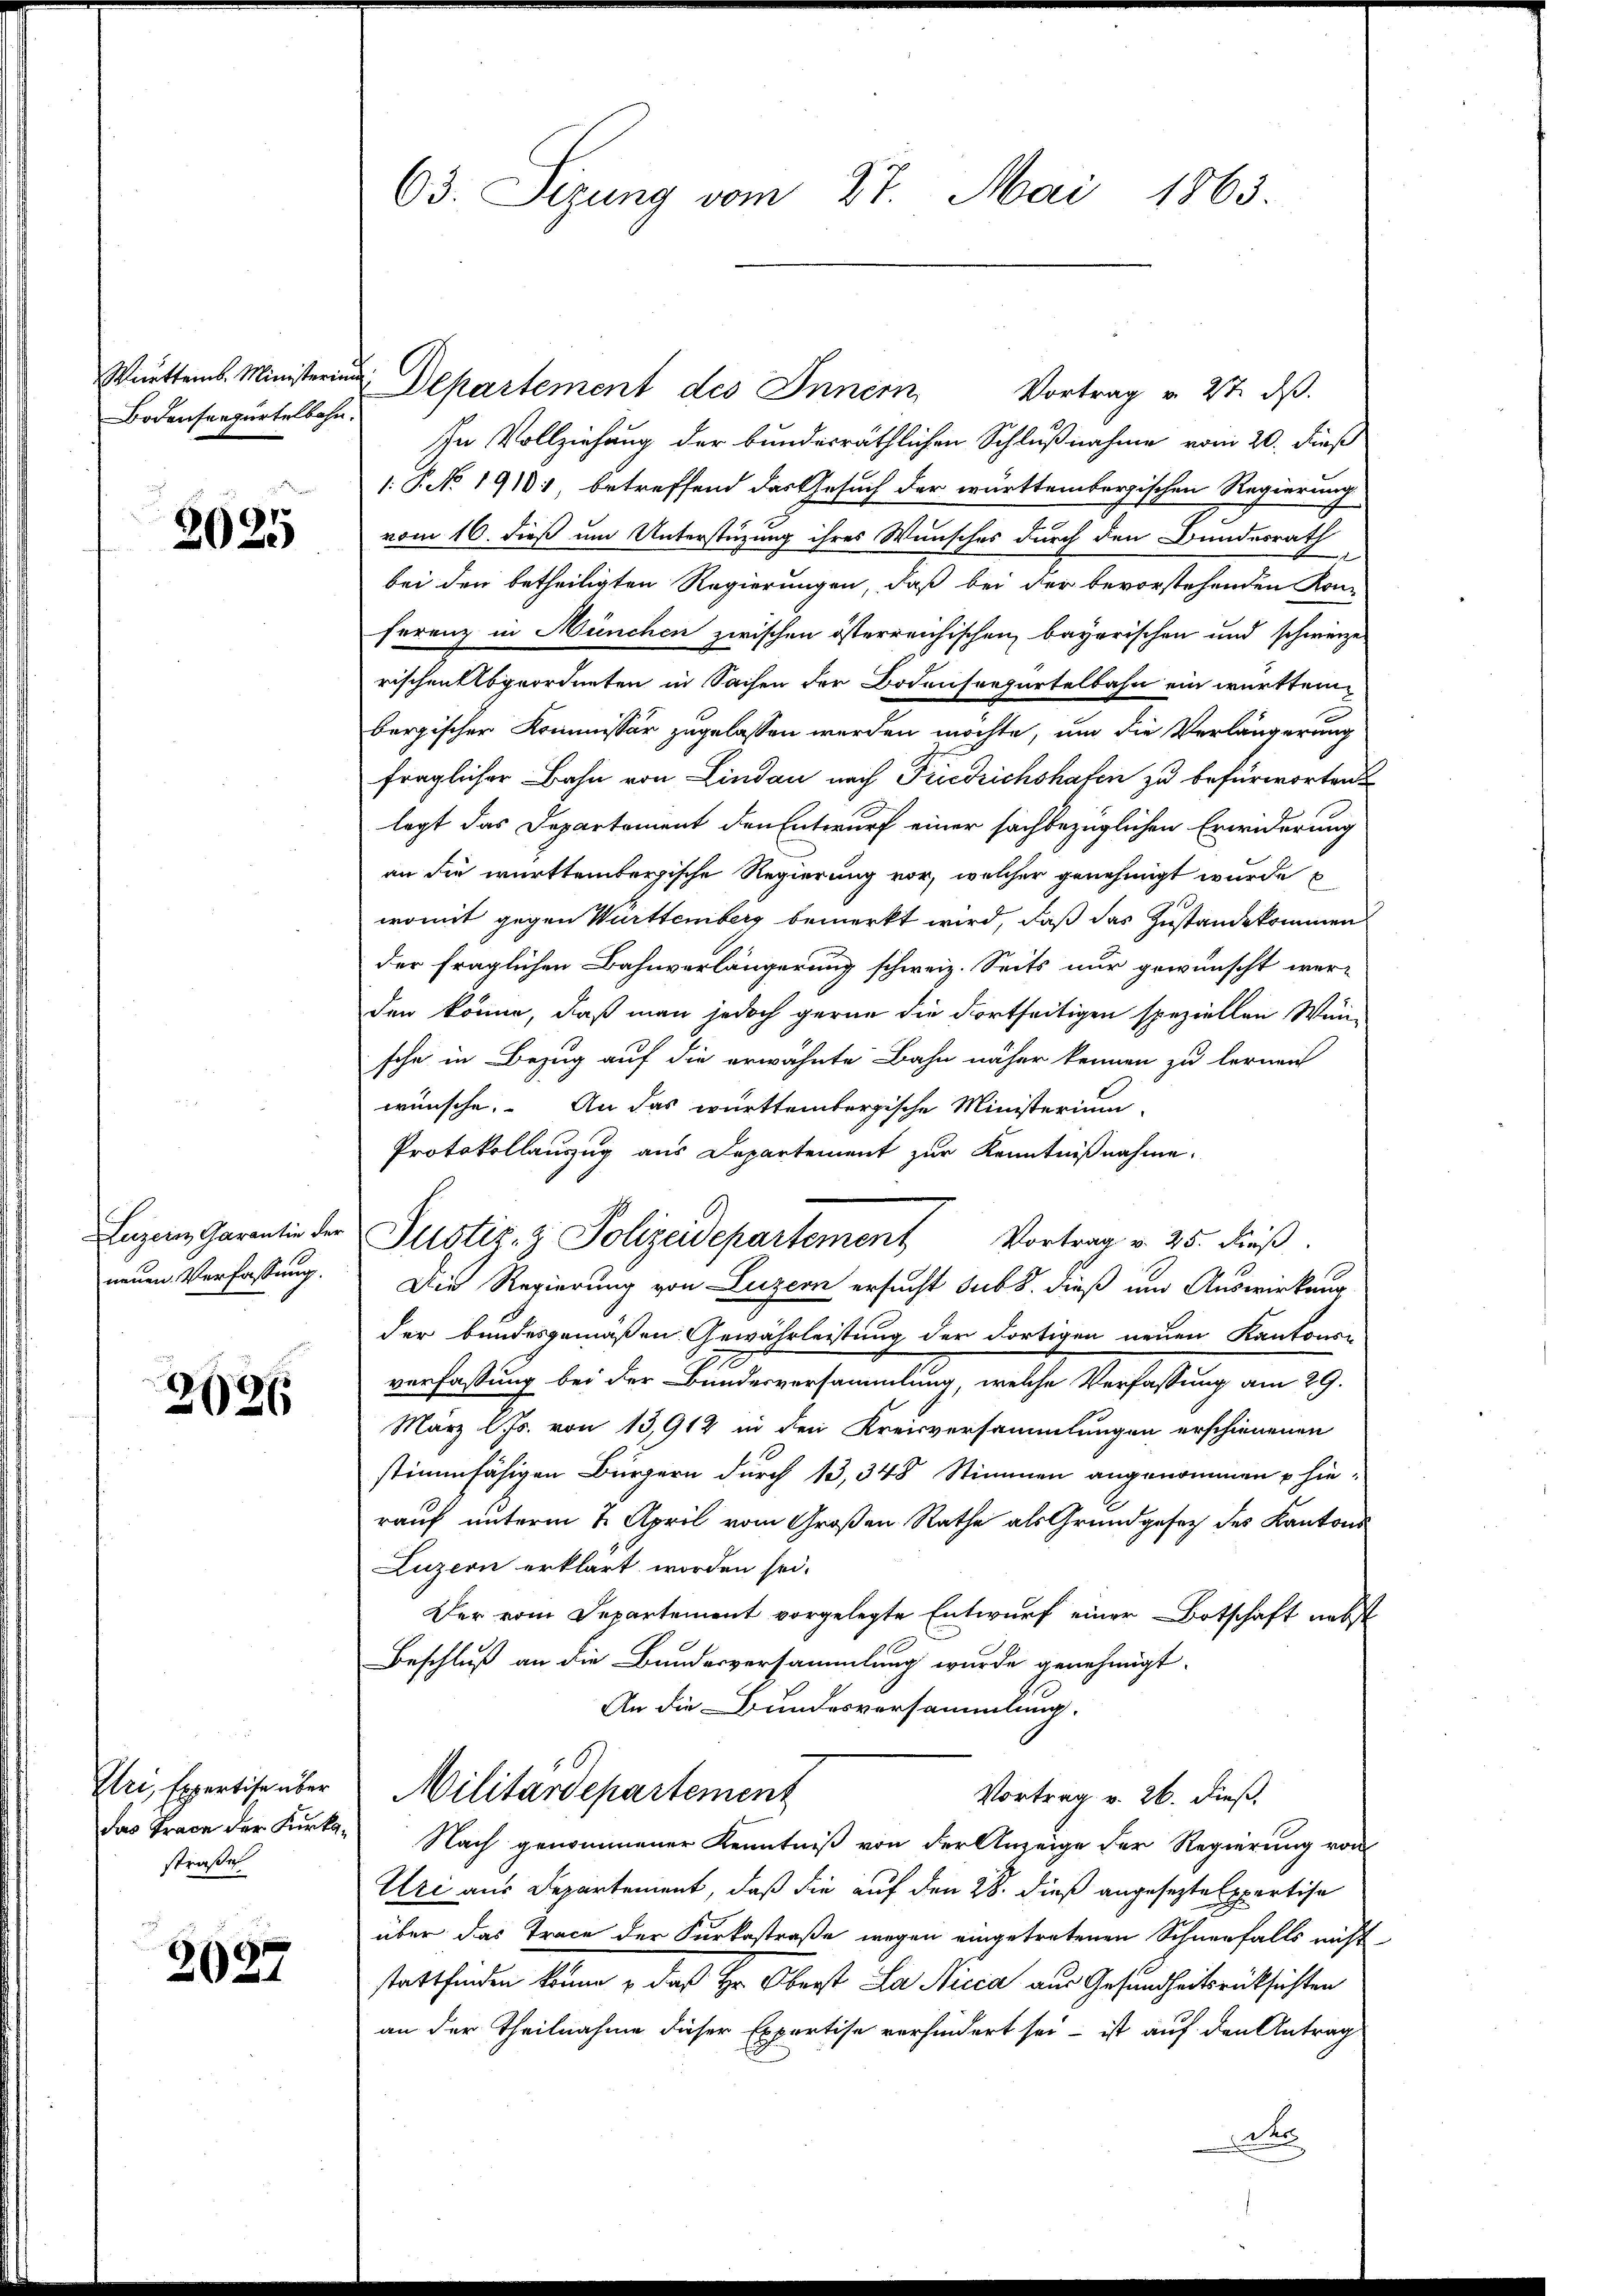
Württemb. Ministerium
Bodenseegürtelbahn.

2025

neuen Verfassung.

2626

Uri, Expertise über
das Frace der Kurkastraße

2027

63. Sizung vom 27. Mai 1863.

Lazen, Garantin der Justiz- & Polizeidepartement Vortrag v. 25. dieß.

Departement des Inner Vortrag v. 27. dβ.
In Vollziehung der bundesräthlichen Schlußnahme vom 20. dieß
1. P. No 1910 betreffend das Gesuch der württembergischen Regierung
vom 16. dieß um Unterstüzung ihres Wunsches durch den Bundesrath
bei den betheiligten Regierungen, daß bei der bevorstehenden Kon-
ferenz in München zwischen österreichischen bayerischen und schweize
rischen Abgeordneten in Sachen der Bodensrepartelbahn ein württembergischer Kommissär zugelassen werden möchte, um die Verlängerung
fraglicher Bahn von Lindau nach Friedrichshafen zu befürworten
legt das Departement den Entwurf einer sachbezüglichen Erwiderung
an die württembergische Regierung vor, welcher genehmigt wurde b
womit gegen Württemberg bemerkt wird, daß das Zustande kommen
der fraglichen Bahnverlängerung schweiz. Seits nur gewünscht werden könne, daß man jedoch gerne die dortseitigen speziellen Wun-
sche in Bezug auf die erwähnte Bahn näher kennen zu lernen
wünsche. An das württembergische Ministerium
Protokollauszug aus Departement zur Kenntnißnahme.
Die Regierung von Luzern ersucht sub 8. dieß und Auswirkung
der bundesgemäßen Gewährleistung der dortigen neuen Kantons-
verfaßung bei der Bundesversammlung, welche Verfassung am 29.
März l. Js. von 13,912 in den Kreisversammlungen erschienenen
stimmfähigen Bürgern durch 13, 348 Stimmen angenommen phie-
rauf unterm 2. April vom Großen Rathe als Grundgesetz des Kantons
Luzern erklärt worden sei.
Der vom Departement vorgelegte Entwurf einer Botschaft nebst
Beschluß an die Bundesversammlung wurde genehmigt.
An die Bundesversammlung.
10
Militärdepartement
Vortrag v. 26. dieß.
Nach genommener Kenntniß von der Anzeige der Regierung von
Uri aus Departement, daß die auf den 28. dieß angesezte Expertisa
über das Trace der Kurkostraße wegen eingetretenen Schneefalls nicht
stattfinden könne, daß Hr. Oberst La Nicca aus Gesundheitsrücksichten
an der Theilnahme dieser Expertise verhindert sei - ist auf den Antrag
do